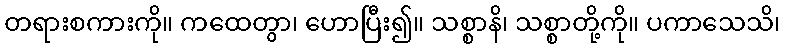
တရားစကားကို။ ကထေတွာ၊ ဟောပြီး၍။ သစ္စာနိ၊ သစ္စာတို့ကို။ ပကာသေသိ၊